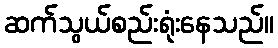
ဆက်သွယ်စည်းရုံးနေသည်။